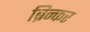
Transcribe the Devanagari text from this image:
ब्रिन्कर